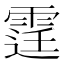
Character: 𨗒